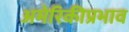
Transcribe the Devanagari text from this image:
अमेरिकीप्रभाव